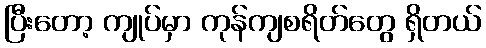
ပြီးတော့ ကျုပ်မှာ ကုန်ကျစရိတ်တွေ ရှိတယ်